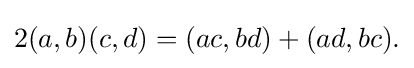
\displaystyle {2(a,b)(c,d)=(ac,bd)+(ad,bc).}